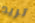
تريد